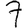
Digit: 7